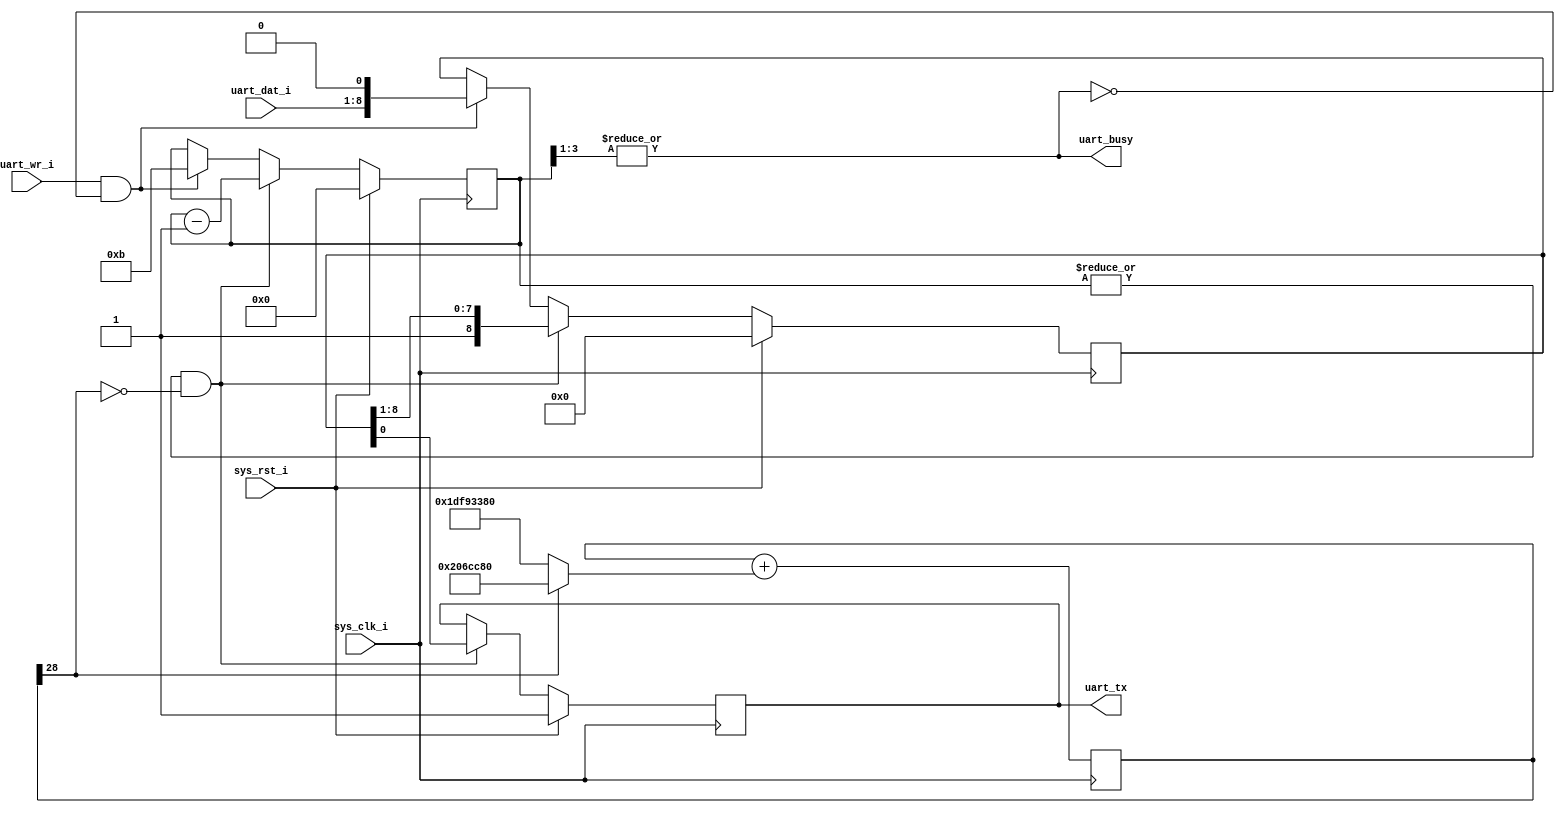
`timescale 1ns / 1ps
//////////////////////////////////////////////////////////////////////////////////
// Company: 
// Engineer: 
// 
// Design Name: 
// Module Name:    uart2 
// Project Name: 
// Target Devices: 
// Tool versions: 
// Description: 
//
// Dependencies: 
//
// Revision: 
// Revision 0.01 - File Created
// Additional Comments: 
//
//////////////////////////////////////////////////////////////////////////////////
module uart2(
   // Outputs
   uart_busy,   // High means UART is transmitting
   uart_tx,     // UART transmit wire
   // Inputs
   uart_wr_i,   // Raise to transmit byte
   uart_dat_i,  // 8-bit data
   sys_clk_i,   // System clock, 68 MHz
   sys_rst_i    // System reset
);

  input uart_wr_i;
  input [7:0] uart_dat_i;
  input sys_clk_i;
  input sys_rst_i;

  output uart_busy;
  output uart_tx;

  reg [3:0] bitcount;
  reg [8:0] shifter;
  reg uart_tx;

  wire uart_busy = |bitcount[3:1];
  wire sending = |bitcount;

  // sys_clk_i is 68MHz.  We want a 115200Hz clock

  reg [28:0] d=29'b0;
  wire [28:0] dInc = d[28] ? (34000000) : (34000000 - 68000000);
  wire [28:0] dNxt = d + dInc;
  always @(posedge sys_clk_i)
  begin
    d = dNxt;
  end
  wire ser_clk = ~d[28]; // this is the 115200 Hz clock

  always @(posedge sys_clk_i)
  begin
    if (sys_rst_i) begin
      uart_tx <= 1;
      bitcount <= 0;
      shifter <= 0;
    end else begin
      // just got a new byte
		  
      if (uart_wr_i & ~uart_busy) begin
        shifter <= { uart_dat_i[7:0], 1'h0 };
        bitcount <= (1 + 8 + 2);
      end

      if (sending & ser_clk) begin
        { shifter, uart_tx } <= { 1'h1, shifter };
        bitcount <= bitcount - 1;
      end
    end
  end

endmodule